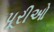
પૂરીઓ